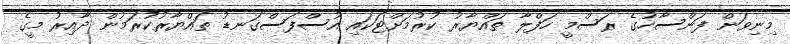
މިނިވަން ފަންސާހުގެ ރަސްމީ ހަފްލާ ތައްޔާރު ކުރުމަށްޓަކައި އުސްފަސްގަނޑު ތައްޔާރުކުރަމުން ދާއިރު މީގެ